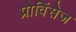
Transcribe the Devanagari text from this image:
प्रोविंसेज